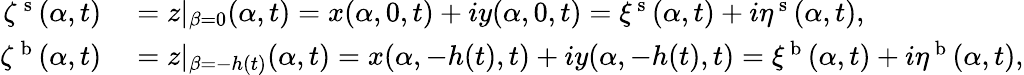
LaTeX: \begin{array}{rl}{\zeta^{\mathrm{~s~}}(\alpha,t)}&{{}=z|_{\beta=0}(\alpha,t)=x(\alpha,0,t)+iy(\alpha,0,t)=\xi^{\mathrm{~s~}}(\alpha,t)+i\eta^{\mathrm{~s~}}(\alpha,t),}\\ {\zeta^{\mathrm{~b~}}(\alpha,t)}&{{}=z|_{\beta=-h(t)}(\alpha,t)=x(\alpha,-h(t),t)+iy(\alpha,-h(t),t)=\xi^{\mathrm{~b~}}(\alpha,t)+i\eta^{\mathrm{~b~}}(\alpha,t),}\end{array}